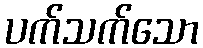
ပက်သက်သော